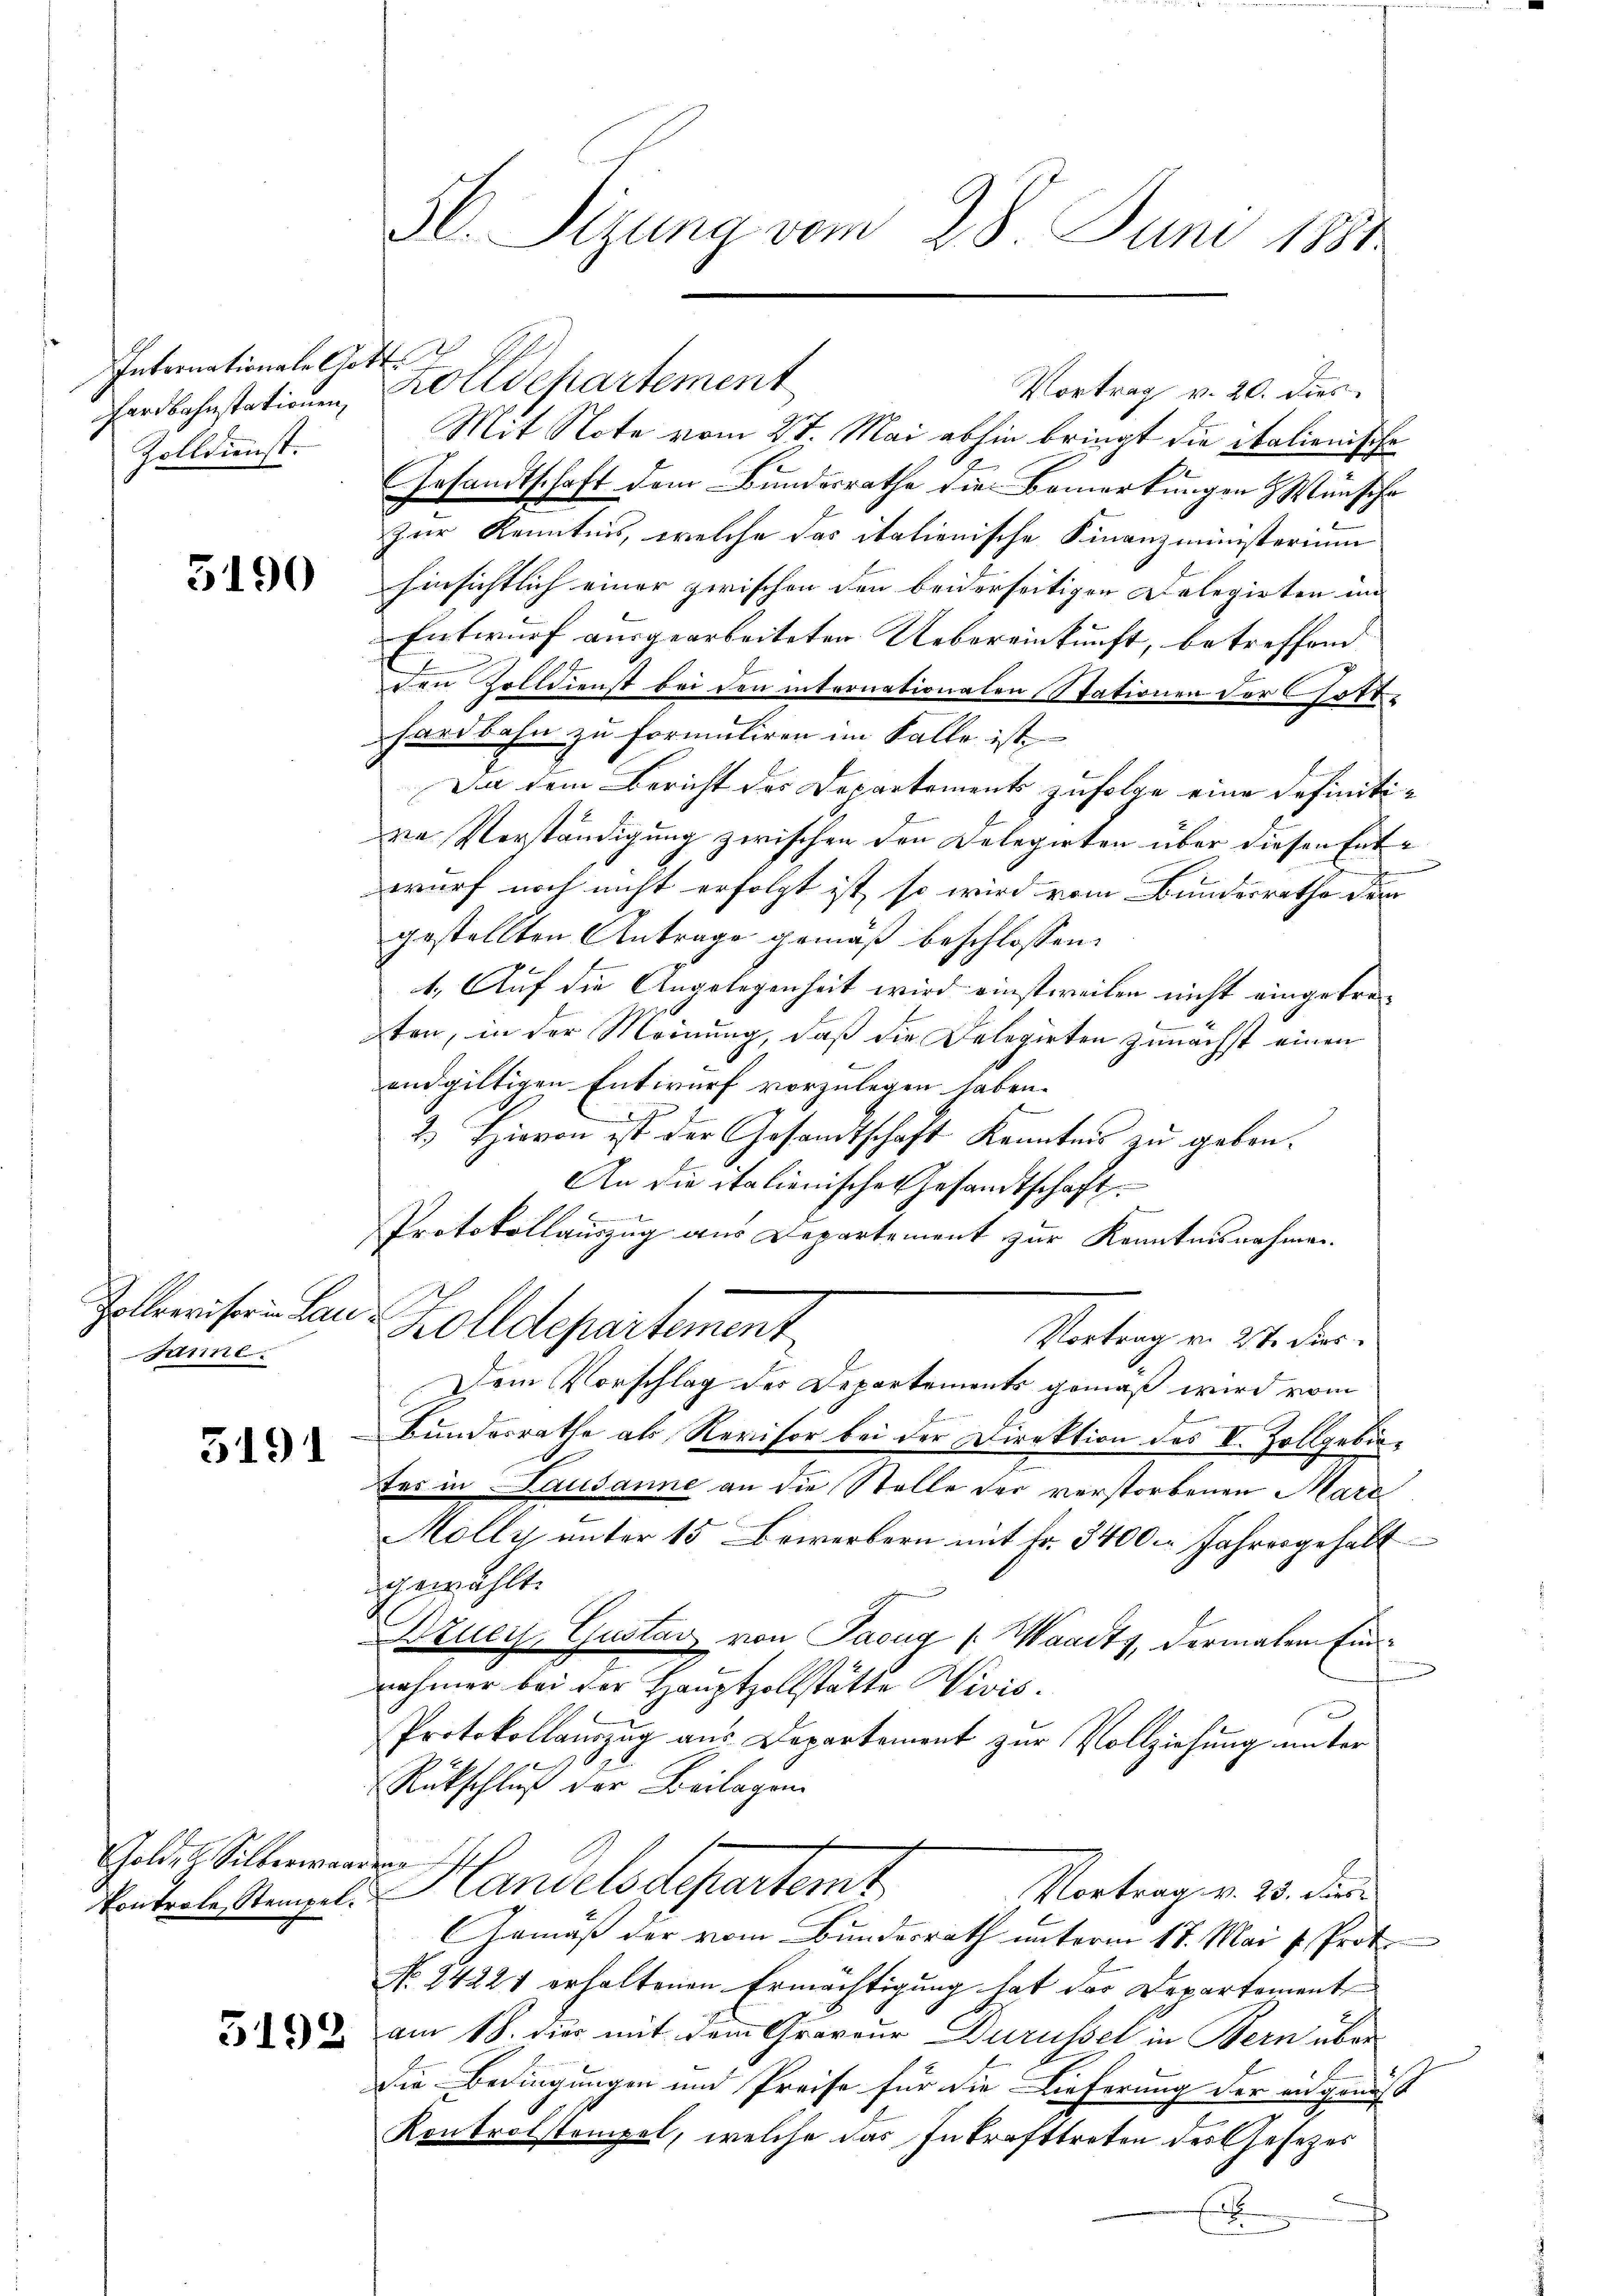
Internationale Gott.
Zolldienst.

3190

Zollrevisor in Lande
sanne.

5191

Goldet. Silberwandern

Hl. Sizung vom 28. Juni 1884

hardbahnstationen, Zolldepartement
Mit Note vom 27. Mai abhin bringt die italienische
Gesandtschaft dem Bundesrathe die Bemerkungen & Wünsche
zur Kenntnis, welche das italienische Finanzministerium
Einsichtlich einer zwischen den benerseitigen Delegirten im
Entwurf ausgearbeiteten Uebereinkunft, betreffend
den Zolldienst bei den internationalen Stationen der Gotthardbahn zu formuliren im Falle ist
Da dem Bericht des Departements zufolge eine definitira Verständigung zwischen den Delegirten über diesen Entwurf noch nicht erfolgt ist, so wird vom Bundesrathe dem
gestellten Antrage gemäß beschlossen:
1. Auf die Angelegenheit wird einstweilen nicht eingetreten, in der Meinung, daß die Delegirten zunächst einen
endgültigen Entwurf vorzulegen haben.
2.) Hievon ist der Gesandtschaft Kenntnis zu geben.
An die italienische Gesandtschaft
Protokollauszug aus Departement zur Kenntnisnahmen.
Zolldepartement
Vortrag v. 27. Dies
Dem Vorschlag der Departements gemäß wird vom
Bundesrathe als Revisor bei der Direktion des I. Zollgebürtes in Lausanne an die Stelle der verstorbenen Marc
Molly unter 15 Bowerbern mit fr. 3400 Jahresgehalt
gewählt.
Bzucy, Gustav von Pacug (Waadt, dermalen Einnehmer bei der Hauptzollstätte Divis.
Protokollauszug aus Departement zur Vollziehung unter
Rückschluß der Beilagen
Vortrag v. 23. die
Eintrole Stempel. Handelsdepartemt
Gemäß der vom Bundesrath unterm 18. Mai v. Prot
No 14221 erhaltenen Ermächtigung hat der Departement
ut am 18. der mit dem Graveur Durüssel in Bern über
die Bedingungen und Preise für die Lieferung der angenus
Kontrolstempel, welche das Inkrafttreten des Gesetzes
.

Vortrag v. 20. dies